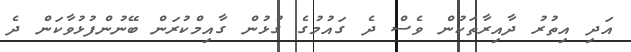
އަދި އިތުރު ދާއިރާތަކުން ވެސް ދެ ގައުމުގެ ގުޅުން ގާއިމްކުރަން ބޭނުންފުޅުވާކަން ދެ